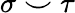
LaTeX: \sigma\smile\tau